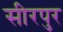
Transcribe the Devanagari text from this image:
सीरपुर